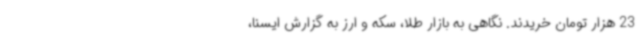
23 هزار تومان خریدند. نگاهی به بازار طلا، سکه و ارز به گزارش ایسنا،